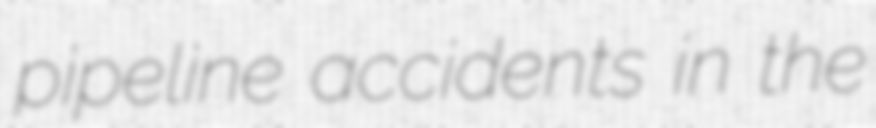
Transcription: pipeline accidents in the